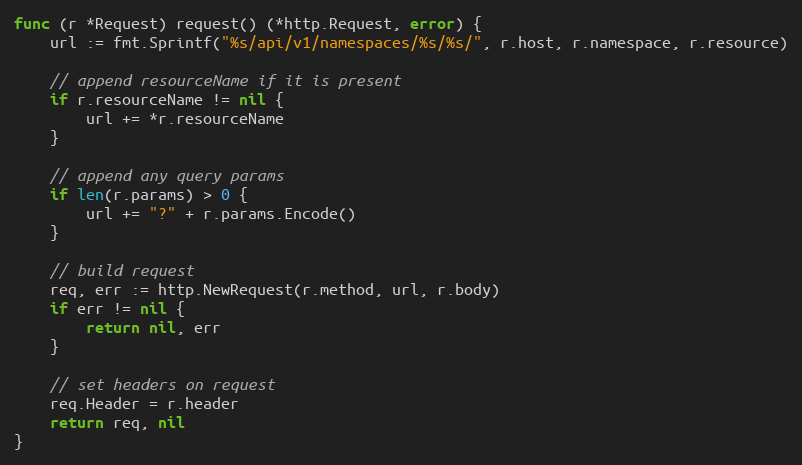
Language: Go
func (r *Request) request() (*http.Request, error) {
	url := fmt.Sprintf("%s/api/v1/namespaces/%s/%s/", r.host, r.namespace, r.resource)

	// append resourceName if it is present
	if r.resourceName != nil {
		url += *r.resourceName
	}

	// append any query params
	if len(r.params) > 0 {
		url += "?" + r.params.Encode()
	}

	// build request
	req, err := http.NewRequest(r.method, url, r.body)
	if err != nil {
		return nil, err
	}

	// set headers on request
	req.Header = r.header
	return req, nil
}